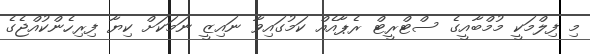
މި ފިލްމަކީ މުމްބާއީގެ ސްޓްރީޓް ރެޕާއެއް ކަމުގައިވާ ނައިޒީ ނަމަކަށް ކިޔާ ފިރިހެންކުއްޖެގެ